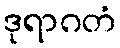
ဒုရာဂတံ